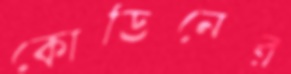
কোডিনের